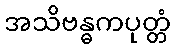
အသိဗန္ဓကပုတ္တံ